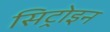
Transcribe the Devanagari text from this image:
सिट्रोइन